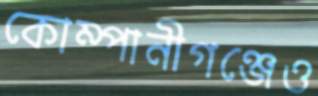
কোম্পানীগঞ্জেও